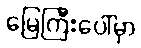
မြေကြီးပေါ်မှာ